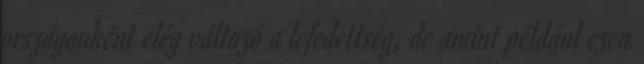
országonként elég változó a lefedettség, de amint például ezen